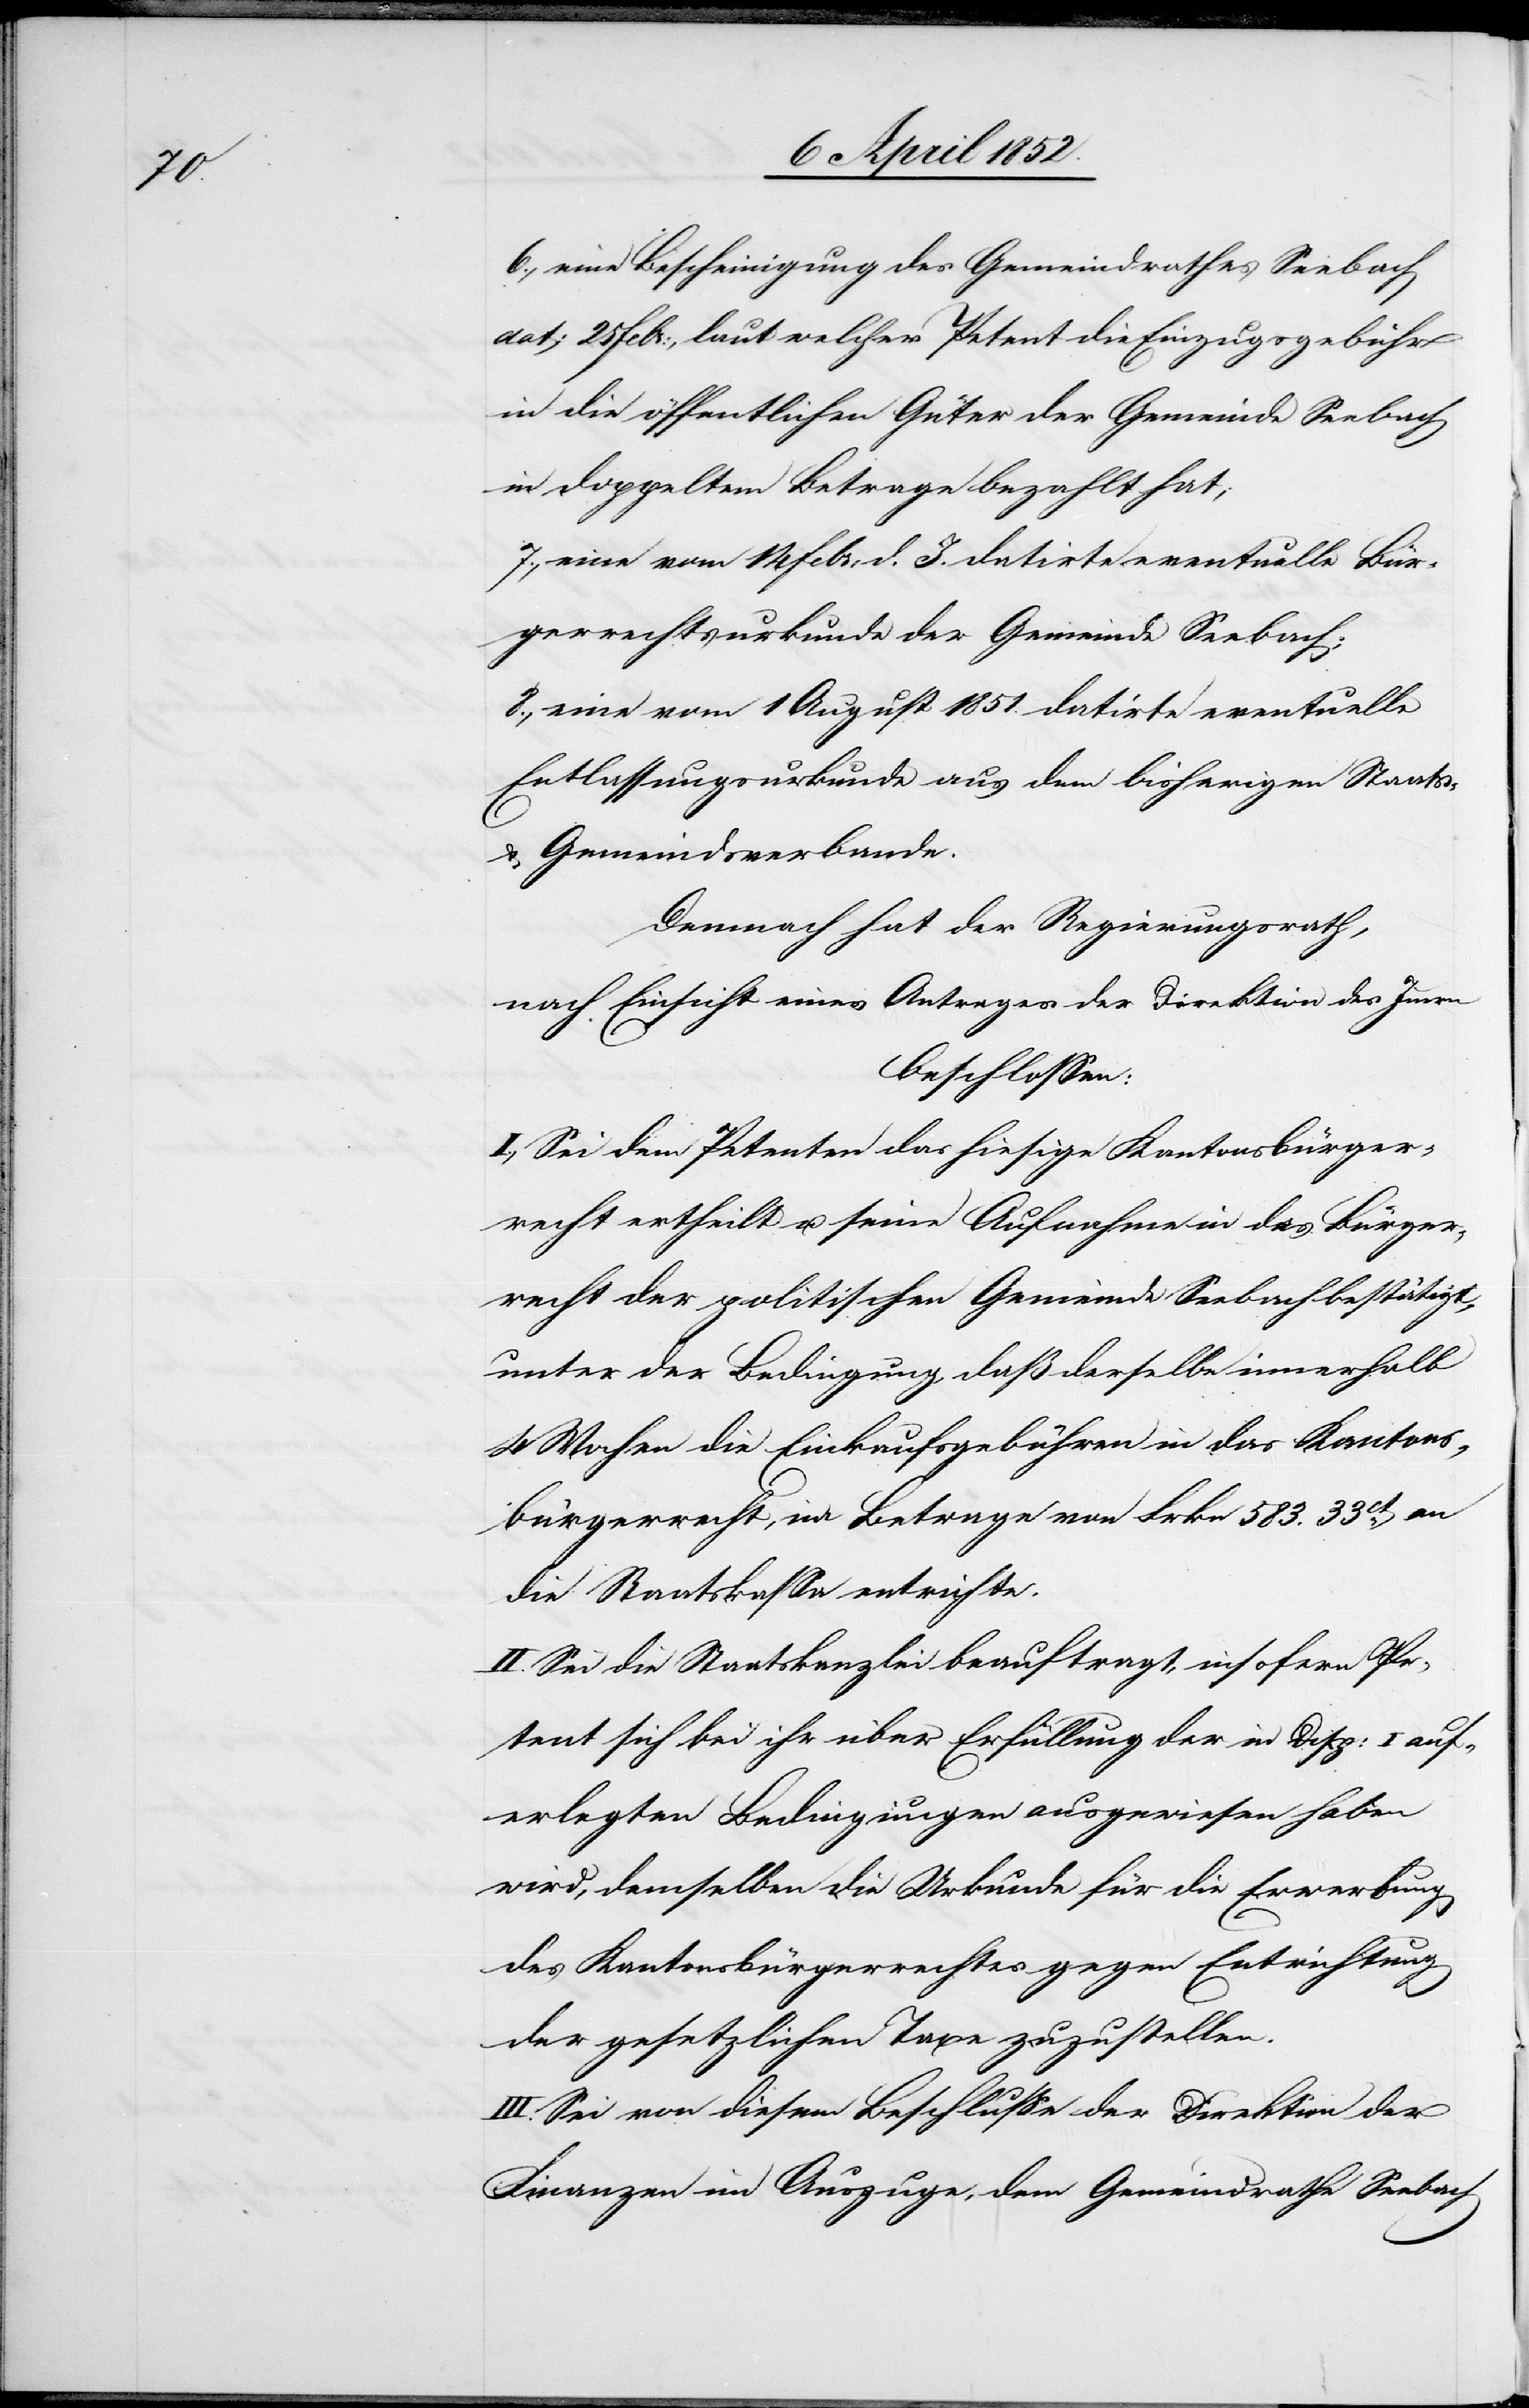
6., eine Bescheinigung des Gemeindrathes Seebach
dat: 25 Febr:, laut welcher Petent die Einzugsgebühr
in die öffentlichen Güter der Gemeinde Seebach
in doppeltem Betrage bezahlt hat;
7., eine vom 14 Febr: d. J. datirte eventuelle Bür¬
gerrechtsurkunde der Gemeinde Seebach;
8., eine vom 1 August 1851. datirte eventuelle
Entlassungsurkunde aus dem bisherigen Staats-
& Gemeindsverbande.
Demnach hat der Regierungsrath,
nach Einsicht eines Antrages der Direktion des Innern
beschlossen:
I., Sei dem Petenten das hiesige Kantonsbürger¬
recht ertheilt u. seine Aufnahme in das Bürger¬
recht der politischen Gemeinde Seebach bestätigt,
unter der Bedingung, daß derselbe innerhalb
4 Wochen die Einkaufsgebühren in das Kantons¬
bürgerrecht, im Betrage von Frkn 583. 33ct an
die Staatskassa entrichte.
II. Sei die Staatskanzlei beauftragt, insofern Pe¬
tent sich bei ihr über Erfüllung der in Disp: I auf¬
erlegten Bedingungen ausgewiesen haben
wird, demselben die Urkunde für die Erwerbung
des Kantonsbürgerrechtes gegen Entrichtung
der gesetzlichen Taxe zuzustellen.
III. Sei von diesem Beschlusse der Direktion der
Finanzen im Auszuge, dem Gemeindrathe Seebach